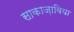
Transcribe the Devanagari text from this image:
साकाज़ाविया